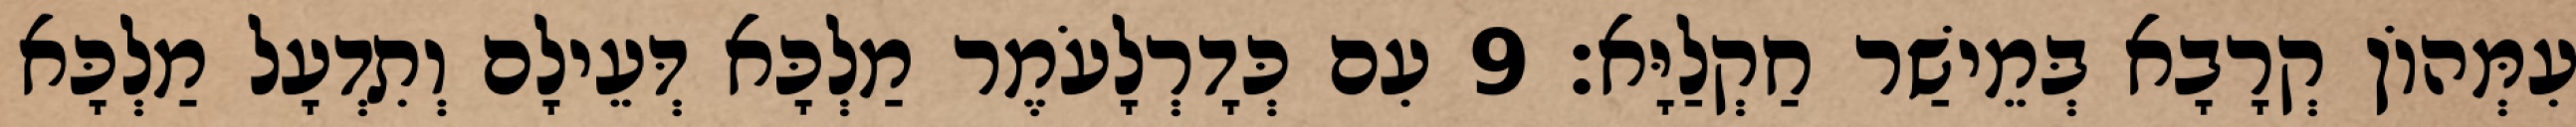
עִמְּהוֹן קְרָבָא בְּמֵישַׁר חַקְלַיָּא׃ 9 עִם כְּדָרְלָעֹמֶר מַלְכָּא דְּעֵילָם וְתִדְעָל מַלְכָּא